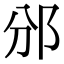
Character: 邠